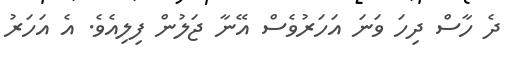
ދެ ހާސް ދިހަ ވަނަ އަހަރުވެސް އޭނާ ޖަލުން ފިލިއެވެ. އެ އަހަރު